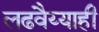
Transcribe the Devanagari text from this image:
लढवैय्याही